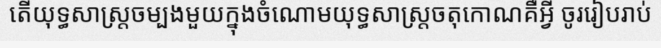
តើយុទ្ធសាស្ត្រចម្បងមួយក្នុងចំណោមយុទ្ធសាស្ត្រចតុកោណគឺអ្វី ចូររៀបរាប់